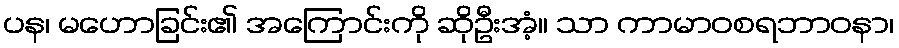
ပန၊ မဟောခြင်း၏ အကြောင်းကို ဆိုဦးအံ့။ သာ ကာမာဝစရဘာဝနာ၊